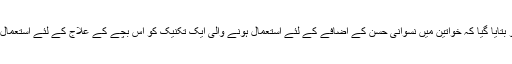
کارہ اور نکی کو بتایا گیا کہ خواتین میں نسوانی حسن کے اضافے کے لئے استعمال ہونے والی ایک تکنیک کو اس بچے کے علاج کے لئے استعمال کیا جاسکتا ہے۔